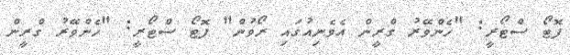
ފޮޓޯ ސްޓޯރީ: "ހެންވޭރު ގްރީން އެވެނިއުގައި ރޯވުން" ފޮޓޯ ސްޓޯރީ: "ހެންވޭރު ގްރީން